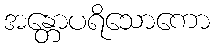
အန္တောပရိသောကော